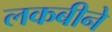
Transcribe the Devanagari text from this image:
लकबीने